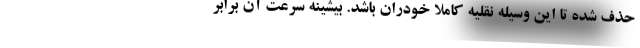
حذف شده تا این وسیله نقلیه کاملا خودران باشد. بیشینه سرعت آن برابر